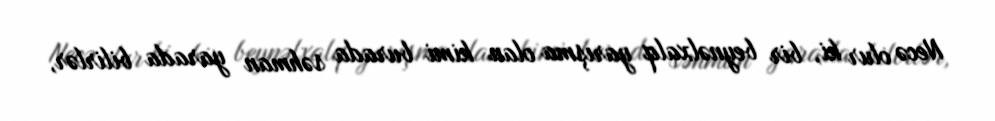
Necə olur ki, bir beynəlxalq yarışma olan kimi burada səhman yarada bilirlər,